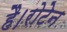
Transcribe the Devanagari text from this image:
है।रोटेन